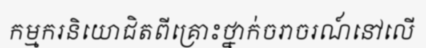
កម្មករនិយោជិតពីគ្រោះថ្នាក់ចរាចរណ៍នៅលើ